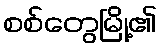
စစ်တွေမြို့၏